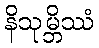
နိသုမ္ဘိဿံ